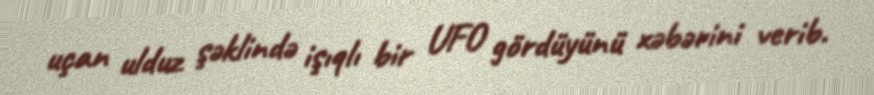
uçan ulduz şəklində işıqlı bir UFO gördüyünü xəbərini verib.